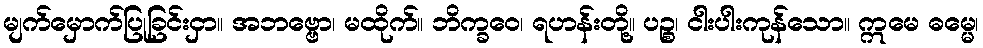
မျက်မှောက်ပြုခြင်းငှာ။ အဘဗ္ဗော၊ မထိုက်။ ဘိက္ခဝေ၊ ရဟန်းတို့။ ပဉ္စ၊ ငါးပါးကုန်သော။ ဣမေ ဓမ္မေ၊